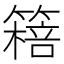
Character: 𥳖